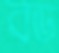
বড